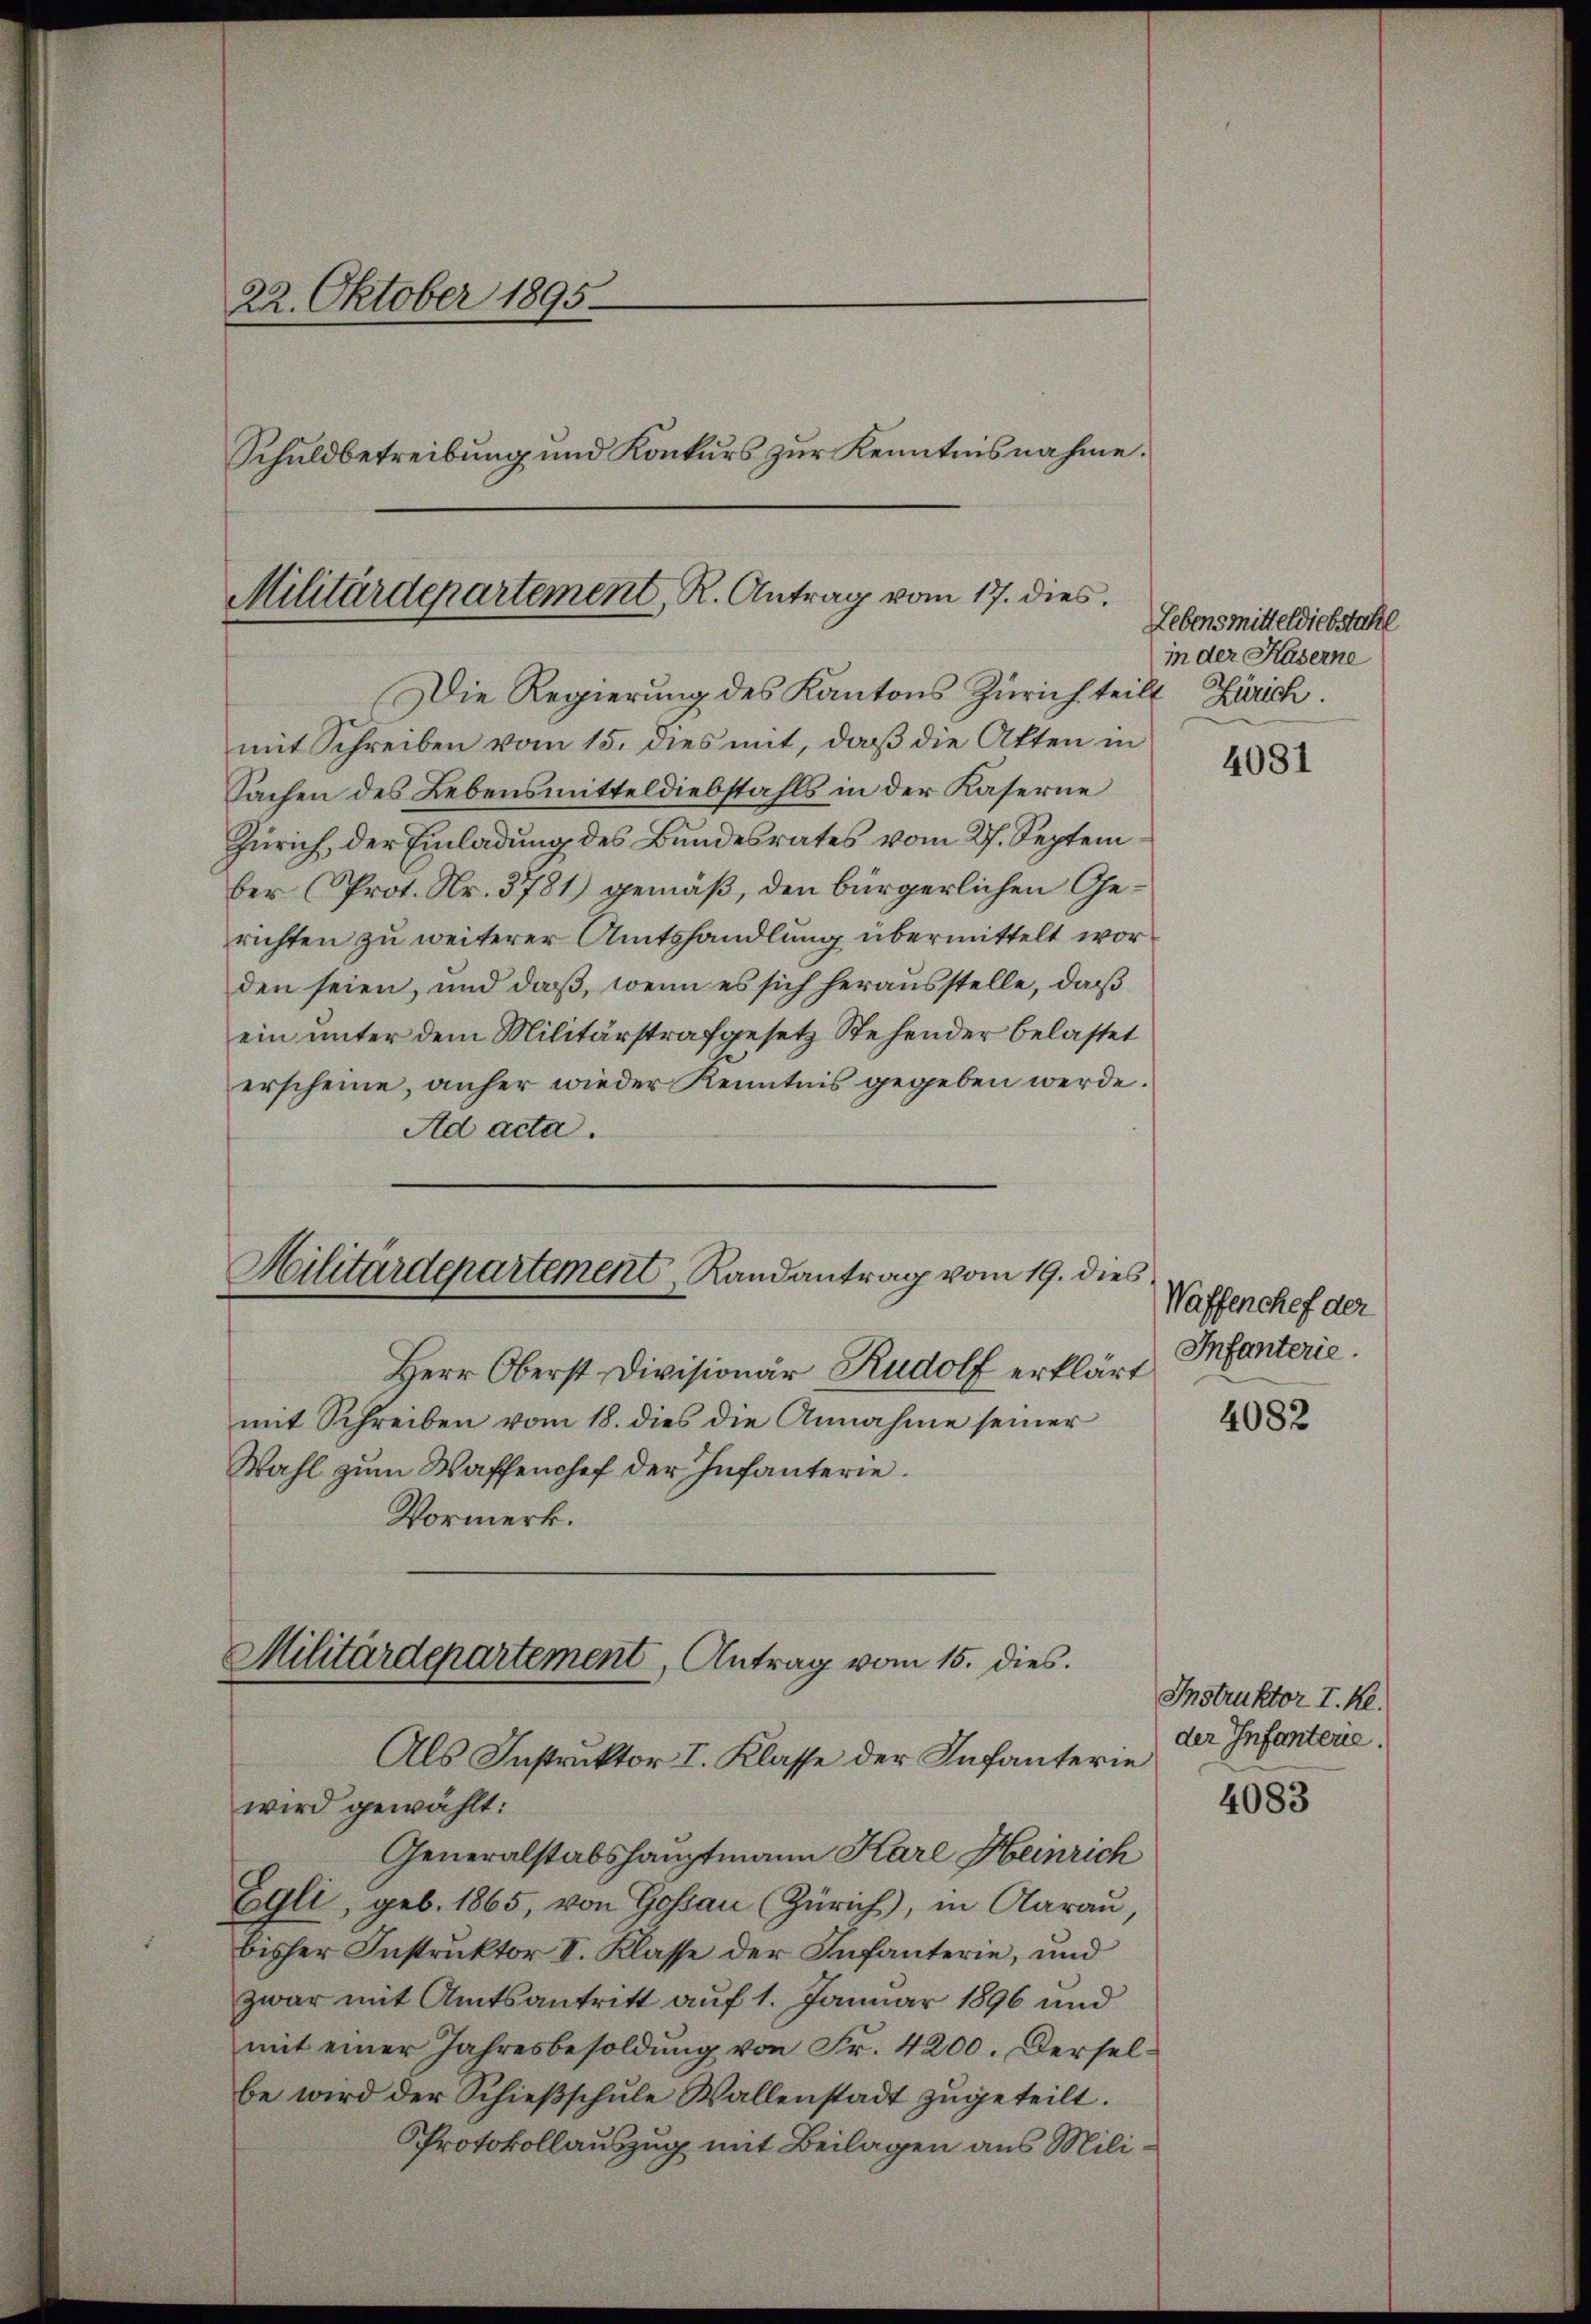
22. Oktober 1895.
Schuldbetreibung und Konkurs zur Kenntnisnahme.

Militärdepartement, R. Antrag vom 17. dies

Die Regierung des Kantons Zürich teilt Zürich.
mit Schreiben vom 15. dies mit, daß die Akten in
Sachen des Lebensmitteldiebstahls in der Kaserne
Zürich, der Einladung des Bundesrates vom 27. Septem
ber Prot. Nr. 3781) gemäß, den bürgerlichen Gerichten zu weiterer Amtshandlung übermittelt worden seien, und daß, wenn es sich herausstelle, daß
ein unter dem Militärstrafgesetz Stehender belastet
erscheine, anher wieder Kenntnis gegeben werde.
Ad acta.
Herr Oberst Divisionär Rudolf erklärt
mit Schreiben vom 18. dies die Annahme seiner
Wahl zŭm Waffenshof der Infanterie.
Vormerk.
Militärdepartement, Antrag vom 15. dies.
Als Instruktor I. Klasse der Infanterie
wird gewählt:
Generalstabshauptmann Karl Heinrich
Egli, geb. 1865, von Gossau (Zürich), in Aarau,
bisher Instruktor I. Klasse der Infanterie, und
zwar mit Amtsantritt auf 1. Januar 1896 und
mit einer Jahresbesoldung von Fr. 4200. Derselbe wird der Schießschule Wallenstadt zugeteilt.
Protokollauszug mit Beilagen aus Mili¬

Militärdepartement Randantrag vom 19. dies

Lebensmitteldiebstahl
in der Kaserne

4081

Waffenchef der
Infanterie.

4082

Instruktor I. Re
der Infantere.

4083